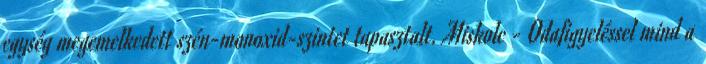
egység megemelkedett szén-monoxid-szintet tapasztalt. Miskolc - Odafigyeléssel mind a